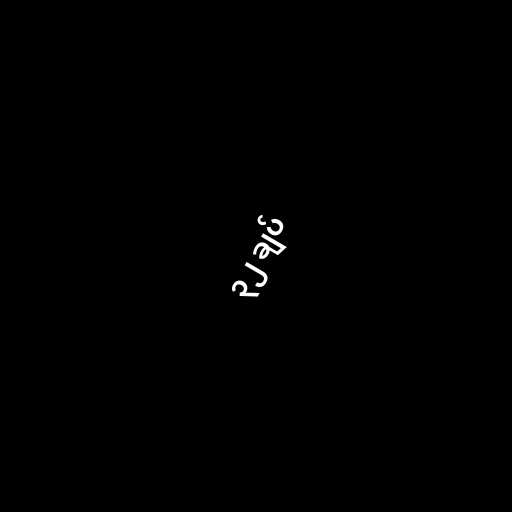
၃၂ ချပ်